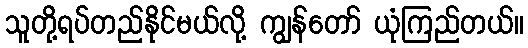
သူတို့ရပ်တည်နိုင်မယ်လို့ ကျွန်တော် ယုံကြည်တယ်။